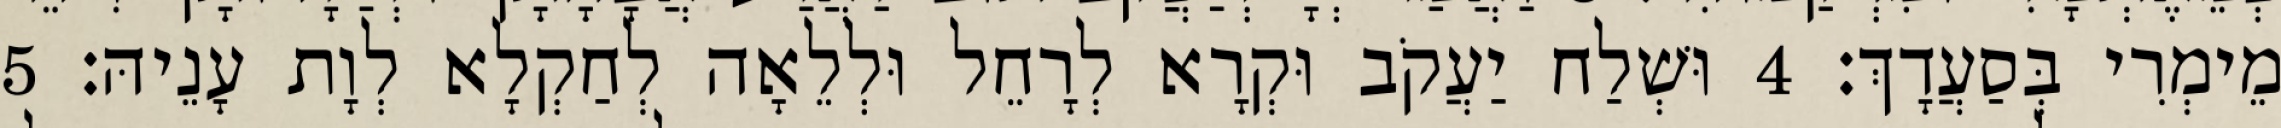
מֵימְרִי בְּסַעֲדָךְ׃ 4 וּשְׁלַח יַעֲקֹב וּקְרָא לְרָחֵל וּלְלֵאָה לְחַקְלָא לְוָת עָנֵיהּ׃ 5